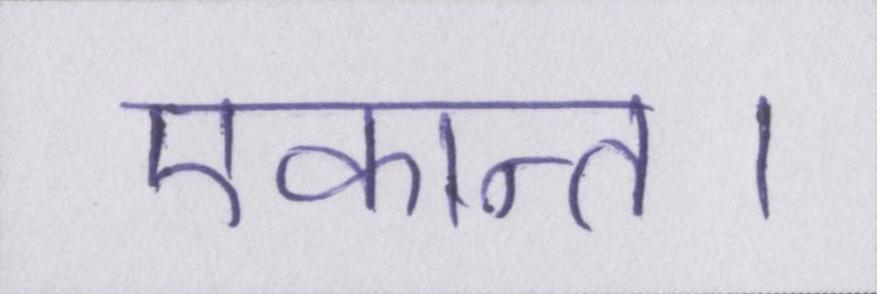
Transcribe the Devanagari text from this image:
एकान्त।